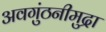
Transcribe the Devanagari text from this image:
अवगुंठनीमुद्रा